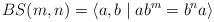
\begin{align*}BS(m,n) = \langle a,b \mid ab^m = b^na \rangle \end{align*}